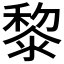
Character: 黎